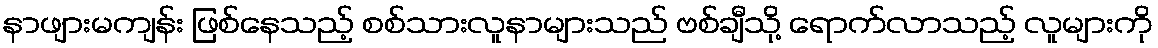
နာဖျားမကျန်း ဖြစ်နေသည့် စစ်သားလူနာများသည် ဗစ်ချီသို့ ရောက်လာသည့် လူများကို